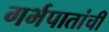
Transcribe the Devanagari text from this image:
गर्भपातांची